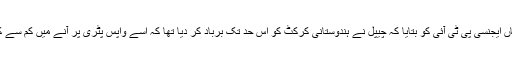
ہربھجن نے خبر رساں ایجنسی پی ٹی آئی کو بتایا کہ چیپل نے ہندوستانی کرکٹ کو اس حد تک برباد کر دیا تھا کہ اسے واپس پٹری پر آنے میں کم سے کم تین سال لگ گئے۔